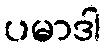
ပမာဒါ